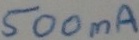
Text: 500mA